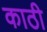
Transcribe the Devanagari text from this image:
काठी